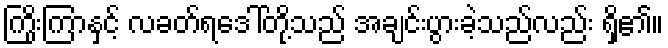
ကြိုးကြာနှင့် လခတ်ရဒေါ်တို့သည် အချင်းပွားခဲ့သည်လည်း ရှိ၏။